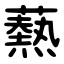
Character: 爇